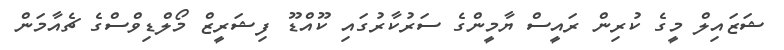
ޝަޒައިލް މީގެ ކުރިން ރައީސް ޔާމީންގެ ސަރުކާރުގައި ކޫއްޑޫ ފިޝަރީޒް މޯލްޑިވްސްގެ ޗެއާމަން